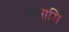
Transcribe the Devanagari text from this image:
वसामि